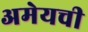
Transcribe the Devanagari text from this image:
अमेयची